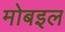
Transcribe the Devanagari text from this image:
मोबइल